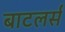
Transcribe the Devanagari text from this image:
बाटलर्स